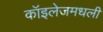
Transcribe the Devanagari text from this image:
कॉइलेजमधली